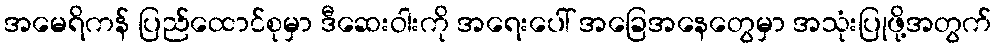
အမေရိကန် ပြည်ထောင်စုမှာ ဒီဆေးဝါးကို အရေးပေါ် အခြေအနေတွေမှာ အသုံးပြုဖို့အတွက်